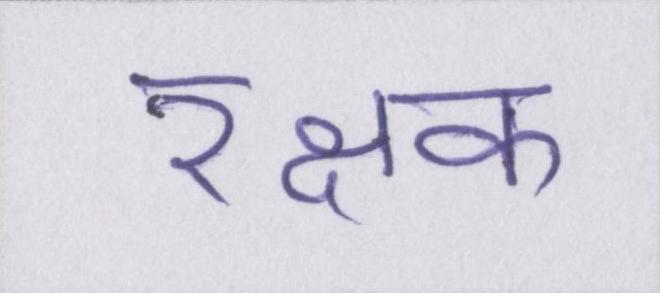
रक्षक